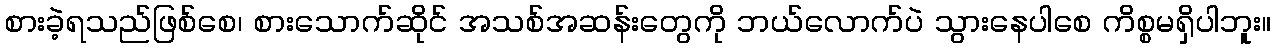
စားခဲ့ရသည်ဖြစ်စေ၊ စားသောက်ဆိုင် အသစ်အဆန်းတွေကို ဘယ်လောက်ပဲ သွားနေပါစေ ကိစ္စမရှိပါဘူး။